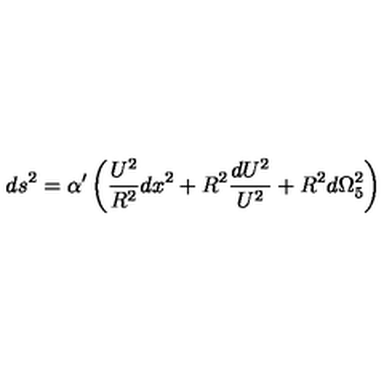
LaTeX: d s ^ { 2 } = { \alpha } ^ { \prime } \left( { \frac { U ^ { 2 } } { R ^ { 2 } } } d x ^ { 2 } + R ^ { 2 } { \frac { d U ^ { 2 } } { U ^ { 2 } } } + R ^ { 2 } d { \Omega } _ { 5 } ^ { 2 } \right)